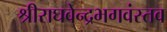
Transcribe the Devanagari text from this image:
श्रीराघवेन्द्रभगवंस्तव